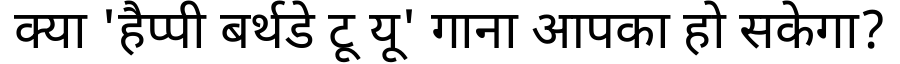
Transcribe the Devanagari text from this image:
क्या 'हैप्पी बर्थडे टू यू' गाना आपका हो सकेगा?